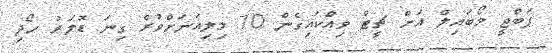
ޕަބްޖީ މޯބައިލް އަށް ޗީޓް ވިއްކައިގެން 70 މިލިއަނަށްވުރެ ގިނަ ޑޮލަރު ހޯދި